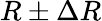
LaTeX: R\pm\Delta R